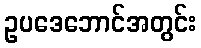
ဥပဒေဘောင်အတွင်း